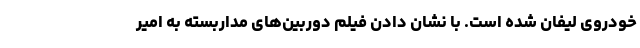
خودروی لیفان شده است. با نشان دادن فیلم دوربین‌های مداربسته به امیر